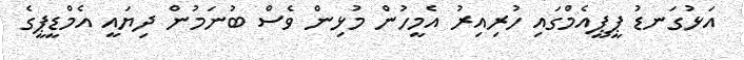
އަޅުގަނޑު ޕީޕީއެމްގައި ހުރިއިރު އެމީހުން މުޅިން ވެސް ބުނަމުން ދިޔައީ އެމްޑީޕީގެ